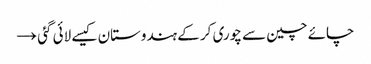
چائے چین سے چوری کر کے ہندوستان کیسے لائی گئی →